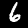
Label: 6